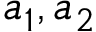
a _ { 1 } , a _ { 2 }